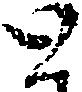
と